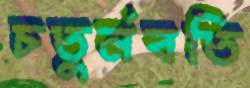
চতুর্নবতি